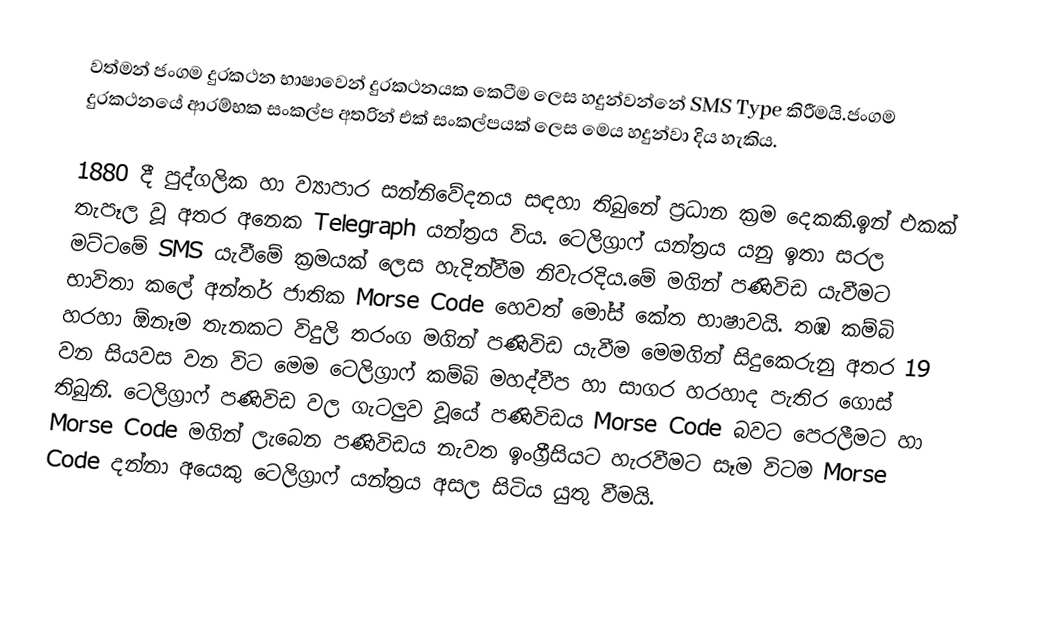
වත්මන් ජංගම දුරකථන භාෂාවෙන් දුරකථනයක කෙටීම ලෙස හදුන්වන්නේ SMS Type  කිරීමයි.ජංගම දුරකථනයේ ආරම්භක සංකල්ප අතරින් එක් සංකල්පයක් ලෙස මෙය හදුන්වා දිය හැකිය.

1880 දී පුද්ගලික හා ව්‍යාපාර සන්නිවේදනය සඳහා තිබුනේ ප්‍රධාන ක්‍රම දෙකකි.ඉන් එකක් තැපෑල වූ අතර අනෙක Telegraph යන්ත්‍රය විය. ටෙලිග්‍රාෆ් යන්ත්‍රය යනු ඉතා සරල මට්ටමේ SMS යැවීමේ ක්‍රමයක් ලෙස හැදින්වීම නිවැරදිය.මේ මගින් පණිවිඩ යැවීමට භාවිතා කලේ අන්තර් ජාතික Morse Code හෙවත් මෝස් කේත භාෂාවයි. තඹ කම්බි හරහා ඕනෑම තැනකට විදුලි තරංග මගින් පණිවිඩ යැවීම මෙමගින් සිදුකෙරුනු අතර 19 වන සියවස වන විට මෙම ටෙලිග්‍රාෆ් කම්බි මහද්වීප හා සාගර හරහාද පැතිර ගොස් තිබුනි. ටෙලිග්‍රාෆ් පණිවිඩ වල ගැටලුව වූයේ පණිවිඩය Morse Code බවට පෙරලීමට හා Morse Code මගින් ලැබෙන පණිවිඩය නැවත ඉංග්‍රීසියට හැරවීමට සෑම විටම Morse Code දන්නා අයෙකු ටෙලිග්‍රාෆ් යන්ත්‍රය අසල සිටිය යුතු වීමයි.